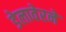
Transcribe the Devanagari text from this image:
डेलावेरने